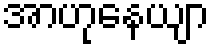
အာဟုနေယျာ